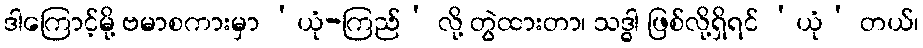
ဒါကြောင့်မို့ ဗမာစကားမှာ ‘ယုံ-ကြည်’ လို့ တွဲထားတာ၊ သဒ္ဓါ ဖြစ်လို့ရှိရင် ‘ယုံ’ တယ်၊